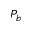
P _ { b }